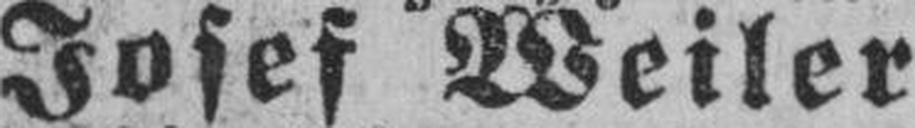
Josef Weiler